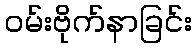
ဝမ်းဗိုက်နာခြင်း